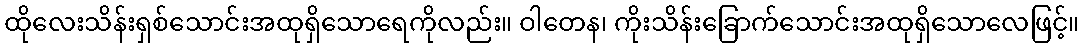
ထိုလေးသိန်းရှစ်သောင်းအထုရှိသောရေကိုလည်း။ ဝါတေန၊ ကိုးသိန်းခြောက်သောင်းအထုရှိသောလေဖြင့်။